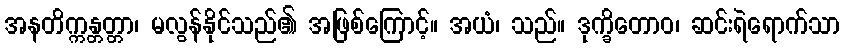
အနတိက္ကန္တတ္တာ၊ မလွန်နိုင်သည်၏ အဖြစ်ကြောင့်။ အယံ၊ သည်။ ဒုက္ခိတောဝ၊ ဆင်းရဲရောက်သာ